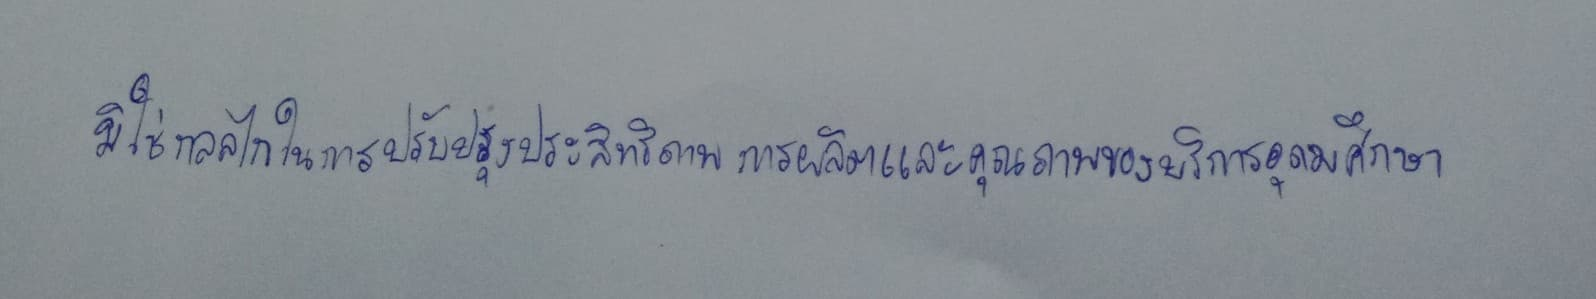
มิใช่กลไกในการปรับปรุงประสิทธิภาพการผลิตและคุณภาพของบริการอุดมศึกษา